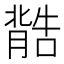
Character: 𮌽